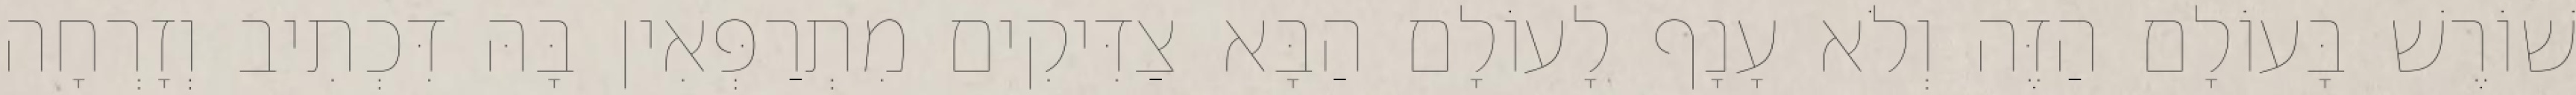
שׁוֹרֶשׁ בָּעוֹלָם הַזֶּה וְלֹא עָנָף לָעוֹלָם הַבָּא צַדִּיקִים מִתְרַפְּאִין בָּהּ דִּכְתִיב וְזָרְחָה